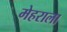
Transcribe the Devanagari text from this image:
मेहराला